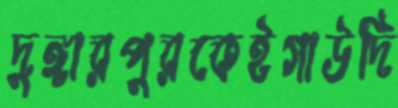
দুঙ্গারপুরকেইগাউদি